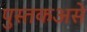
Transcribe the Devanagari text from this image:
पुस्तकअसे